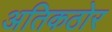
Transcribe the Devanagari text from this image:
अतिकठोर